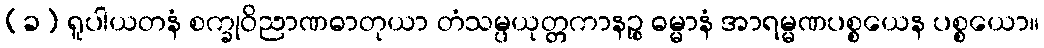
(ခ) ရူပါယတနံ စက္ခုဝိညာဏဓာတုယာ တံသမ္ပယုတ္တကာနဉ္စ ဓမ္မာနံ အာရမ္မဏပစ္စယေန ပစ္စယော။